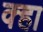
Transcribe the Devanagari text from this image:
क्हा